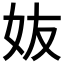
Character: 𡛀